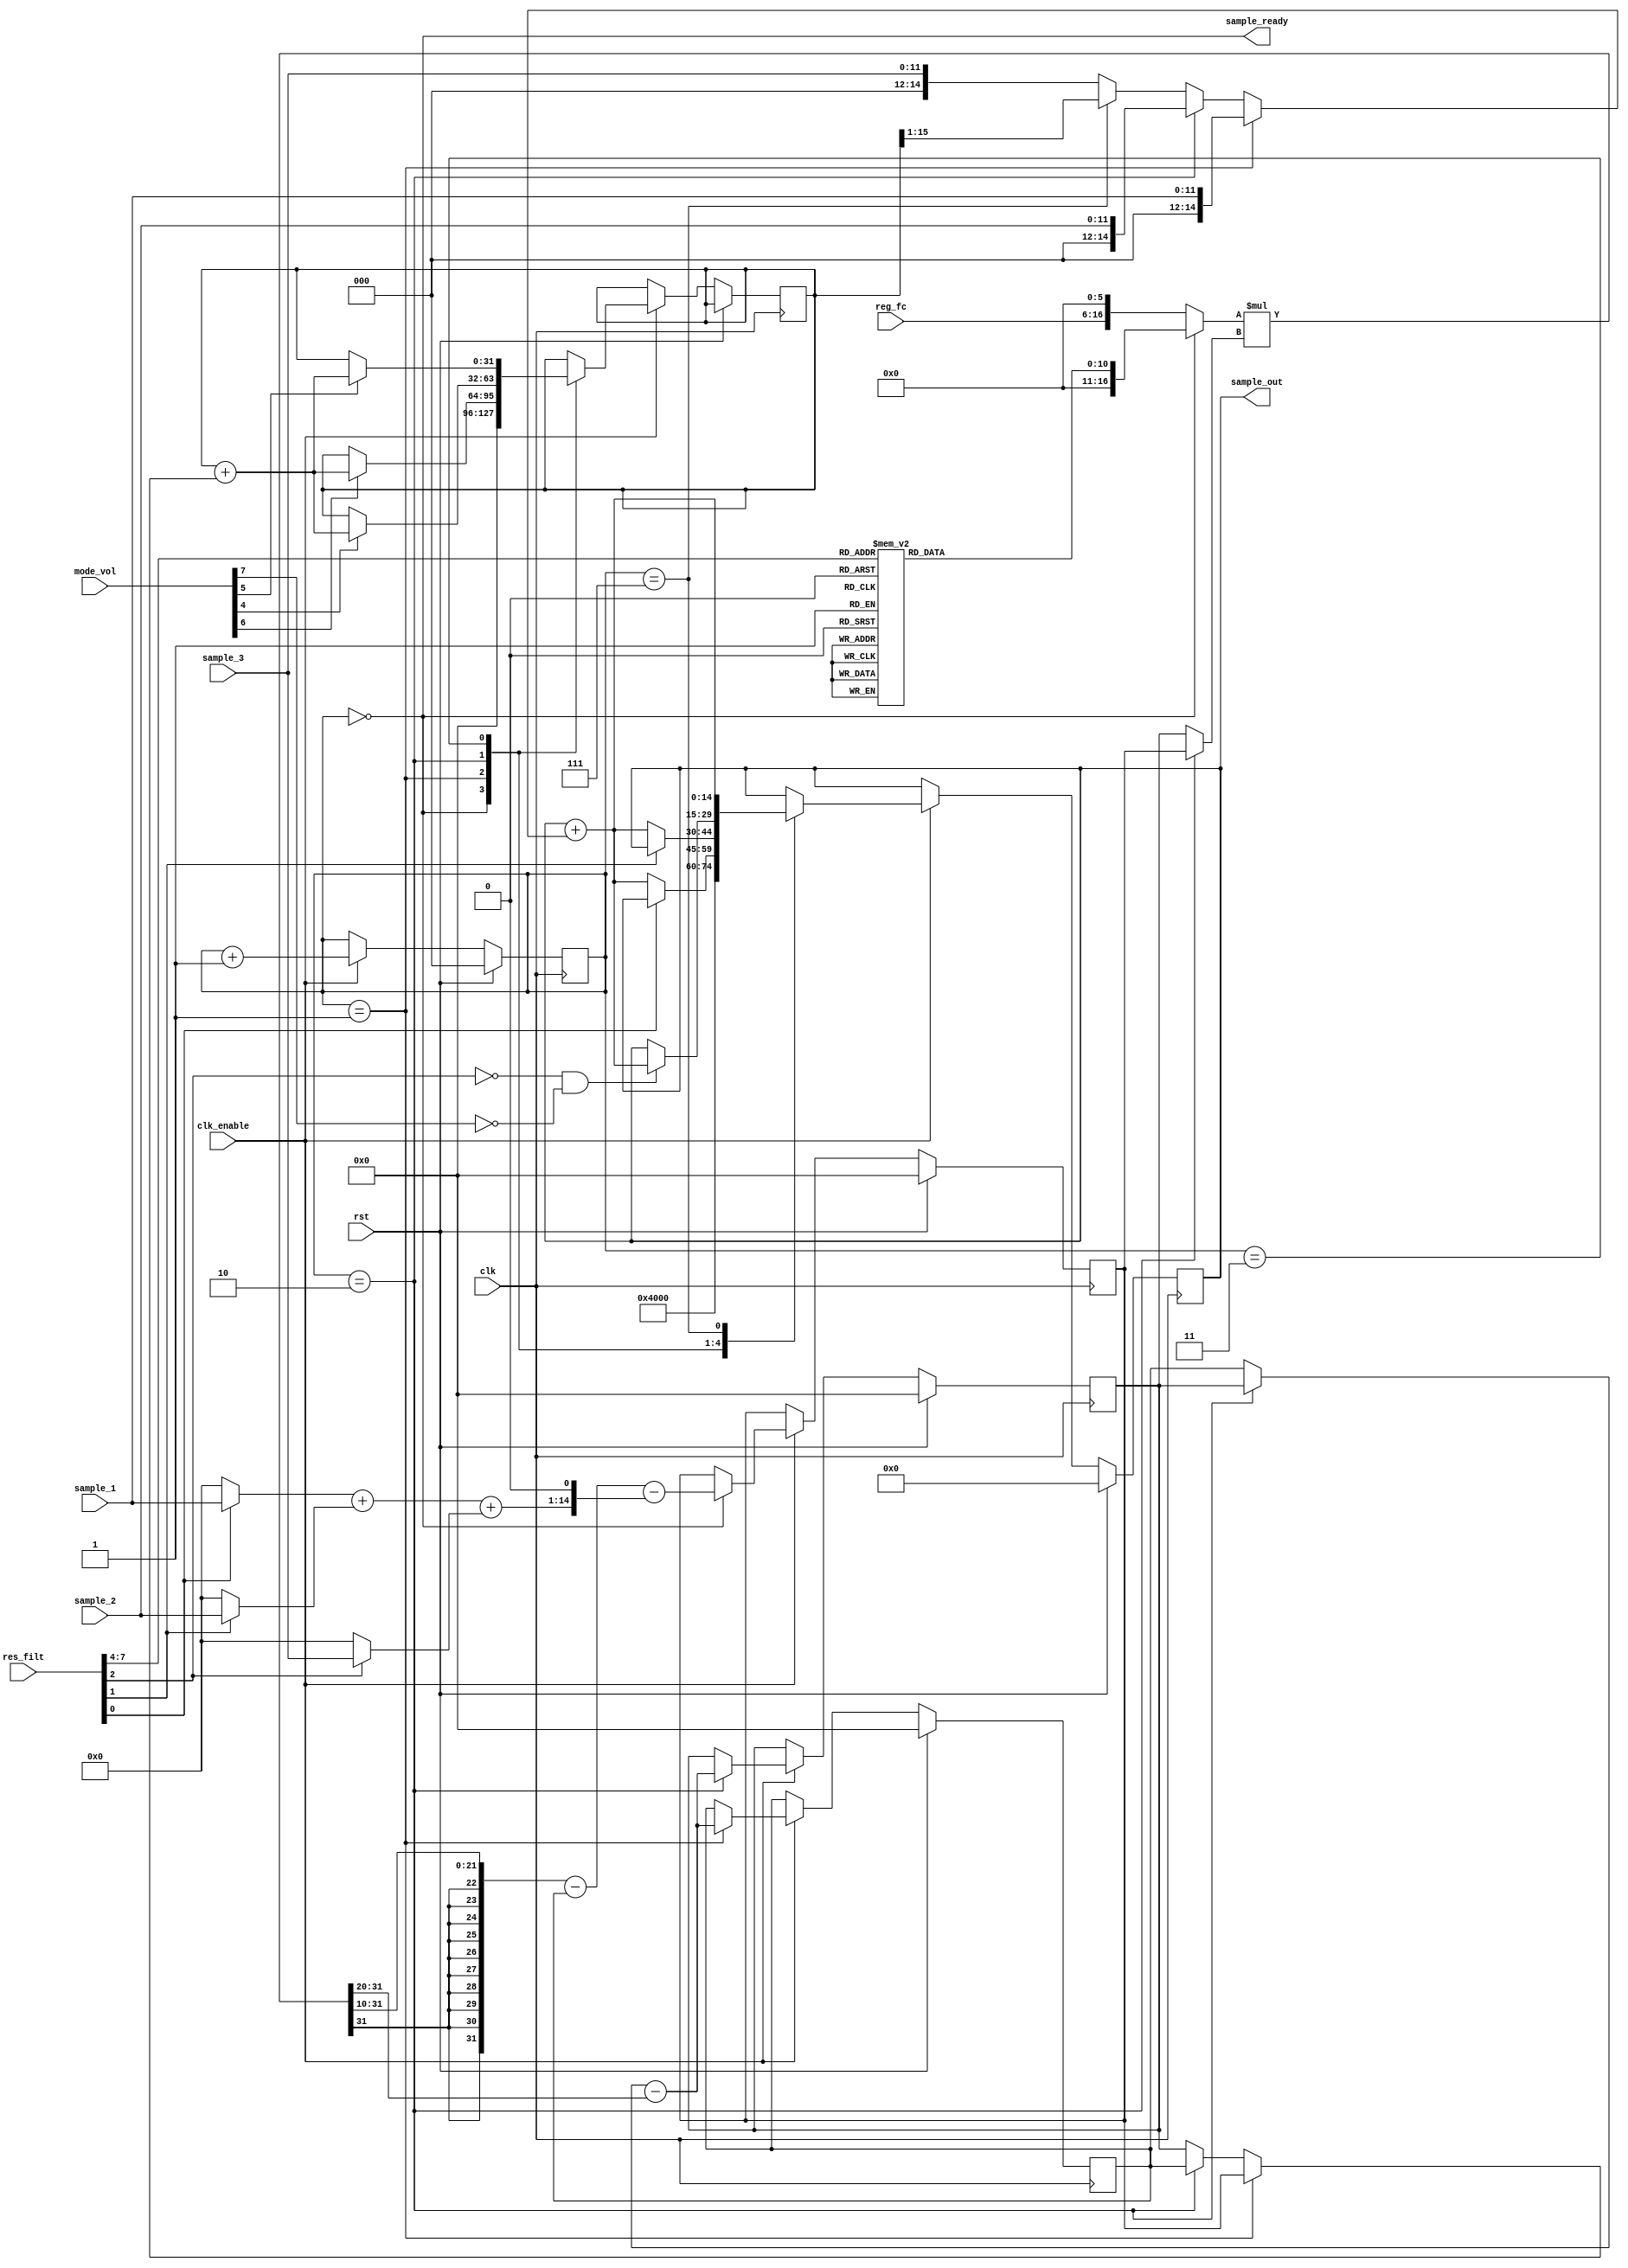
/*
 * Implements the SID filters, but using purely digital logic
 * Takes in the sample of each voice, and the values of the config registers
 * Only has one output: the mixed and (possibly) filtered sample
*/

module SID_filter(
	output [14:0] sample_out,
	
	input [11:0] sample_1,
	input [11:0] sample_2,
	input [11:0] sample_3,
	input [10:0] reg_fc,
	input [7:0] res_filt,
	input [7:0] mode_vol,

	input clk,
	input clk_enable,
	input rst,
	
	output sample_ready
);

wire [16:0] cutoff_lut = {reg_fc, 6'h00};

reg [10:0] res_lut;
always @(*) begin
	case(res_filt[7:4])
		0: res_lut = 11'h5a8;
		1: res_lut = 11'h52b;
		2: res_lut = 11'h4c2;
		3: res_lut = 11'h468;
		4: res_lut = 11'h41b;
		5: res_lut = 11'h3d8;
		6: res_lut = 11'h39d;
		7: res_lut = 11'h368;
		8: res_lut = 11'h339;
		9: res_lut = 11'h30f;
		10: res_lut = 11'h2e9;
		11: res_lut = 11'h2c6;
		12: res_lut = 11'h2a7;
		13: res_lut = 11'h28a;
		14: res_lut = 11'h270;
		15: res_lut = 11'h257;
	endcase
end

//Extract options from config registers
wire filt_1 = res_filt[0];
wire filt_2 = res_filt[1];
wire filt_3 = res_filt[2];

wire three_off = mode_vol[7];
wire hp = mode_vol[6];
wire bp = mode_vol[5];
wire lp = mode_vol[4];
wire [3:0] vol = mode_vol[3:0];

//Sample buffer
reg [14:0] sample_buff;

//Sample with volume setting applied
assign sample_out = sample_buff;

//Sum of all non-filtered samples
//wire [15:0] out_raw = (filt_1 ? 0 : sample_1) + (filt_2 ? 0 : sample_2) + (filt_3 || three_off ? 0 : sample_3) | 32768;

//Sum of all samples selected for filtering - input to the filters
wire [14:0] filt_in_add = (filt_1 ? {3'b000, sample_1} : 15'h0000) + (filt_2 ? {3'b000, sample_2} : 15'h0000) + (filt_3 ? {3'b000, sample_3} : 15'h0000);
wire [15:0] filt_in = {filt_in_add, 1'b0};

//Store state of the filters using 32-bit signed numbers
reg signed [31:0] high;
reg signed [31:0] band;
reg signed [31:0] low;

reg [2:0] filter_step;

/*
 * Here is where the new filter values are computed. This is using fixed-point arithmatic,
 * since that is pretty much the best that can be done here
 * Remember that this gets turned into hardware, so these few lines easily take up most of the die space used
 * in each SID macro, not counting the LUTs
*/
wire signed [31:0] temp1 = (filter_step == 0 ? {6'h00, res_lut} : cutoff_lut) * (filter_step == 2 ? high : band);
wire signed [31:0] temp2 = temp1 >>> 20;
wire signed [31:0] band_low_next = (filter_step == 2 ? band : low) - temp2;

wire signed [31:0] temp4 = temp1 >>> 10;
wire signed [31:0] high_next = temp4 - low - {16'h0000, filt_in};

reg signed [31:0] sample_filtered;
wire signed [31:0] sample_filtered_next = sample_filtered + (filter_step == 1 ? high : (filter_step == 2 ? low : band));
wire signed [31:0] sample_filtered_adj = sample_filtered >>> 1;

assign sample_ready = filter_step == 0;
wire [14:0] sample_buff_next = sample_buff + (filter_step == 1 ? sample_1 : (filter_step == 2 ? sample_2 : (filter_step == 7 ? sample_filtered_adj : sample_3)));

always @(posedge clk) begin
	if(rst) begin
		high        <= 0;
		band        <= 0;
		low         <= 0;
		sample_buff <= 0;
		filter_step <= 0;
	end else if(clk_enable) begin
		filter_step <= filter_step + 1;
		case(filter_step)
			0: begin
				high <= high_next;
				sample_filtered <= 0;
				sample_buff <= 16384;
			end
			1: begin
				low <= band_low_next;
				if(hp) sample_filtered <= sample_filtered_next;
				if(!filt_1) sample_buff <= sample_buff_next;
			end
			2: begin
				band <= band_low_next;
				if(lp) sample_filtered <= sample_filtered_next;
				if(!filt_2) sample_buff <= sample_buff_next;
			end
			3: begin
				if(bp) sample_filtered <= sample_filtered_next;
				if(!filt_3 && !three_off) sample_buff <= sample_buff_next;
			end
			4: begin
			end
			5: begin
			end
			6: begin
			end
			7: begin
				sample_buff <= sample_buff_next;
			end
		endcase
	end
end

endmodule